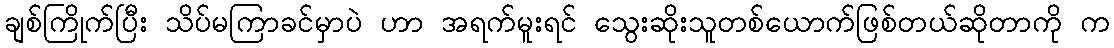
ချစ်ကြိုက်ပြီး သိပ်မကြာခင်မှာပဲ ဟာ အရက်မူးရင် သွေးဆိုးသူတစ်ယောက်ဖြစ်တယ်ဆိုတာကို က